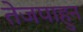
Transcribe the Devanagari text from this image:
तेजपाहुन